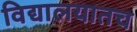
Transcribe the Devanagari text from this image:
विद्यालयातच